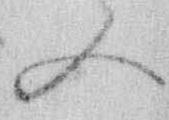
又